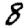
Digit: 8